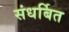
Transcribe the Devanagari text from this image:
संधर्बित